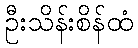
ဦးသိန်းစိန်ထံ